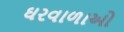
ઘરવાળાઓ